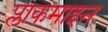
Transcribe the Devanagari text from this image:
प्लाकमाइन